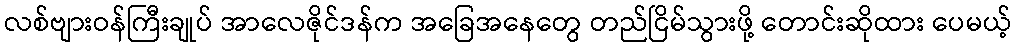
လစ်ဗျားဝန်ကြီးချုပ် အာလေဇိုင်ဒန်က အခြေအနေတွေ တည်ငြိမ်သွားဖို့ တောင်းဆိုထား ပေမယ့်